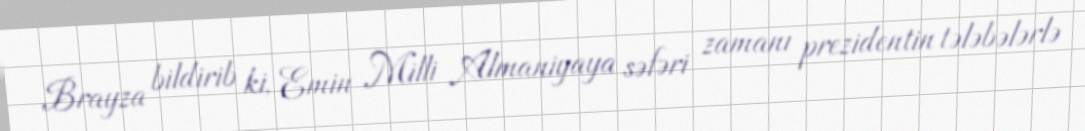
Brayza bildirib ki, Emin Milli Almaniyaya səfəri zamanı prezidentin tələbələrlə